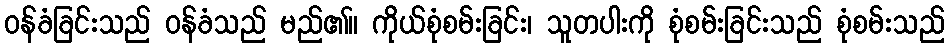
ဝန်ခံခြင်းသည် ဝန်ခံသည် မည်၏။ ကိုယ်စုံစမ်းခြင်း၊ သူတပါးကို စုံစမ်းခြင်းသည် စုံစမ်းသည်